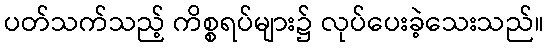
ပတ်သက်သည့် ကိစ္စရပ်များ၌ လုပ်ပေးခဲ့သေးသည်။